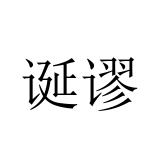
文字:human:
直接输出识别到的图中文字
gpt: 诞谬